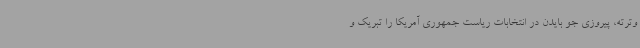
وترته، پیروزی جو بایدن در انتخابات ریاست جمهوری آمریکا را تبریک و